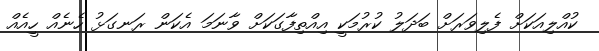
ކުއްލިއަކަށް ފެލިވަރަށް ބަދަލު ކުރުމަކީ އިއްތިފާގަކަށް ވާނަމަ އެކަން ރަނގަޅު ހެނެއް ހީއެއް